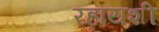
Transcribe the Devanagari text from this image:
रहायशी